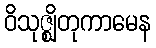
ဝိသုဇ္ဈိတုကာမေန